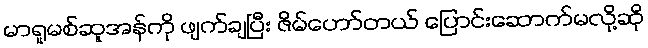
မာရူမစ်ဆူအန်ကို ဖျက်ချပြီး ဇိမ်ဟော်တယ် ပြောင်းဆောက်မလို့ဆို